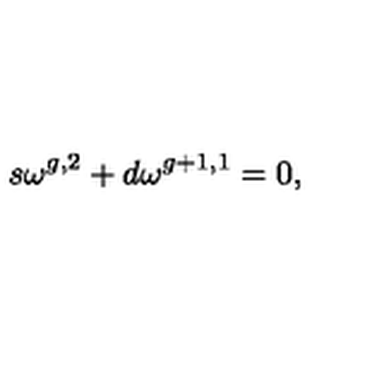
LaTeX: s \omega ^ { g , 2 } + d \omega ^ { g + 1 , 1 } = 0 ,